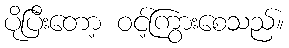
ပိုပြီးတော့ ဝင့်ကြွားစေသည်။